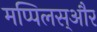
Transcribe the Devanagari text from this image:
मप्पिलस्और